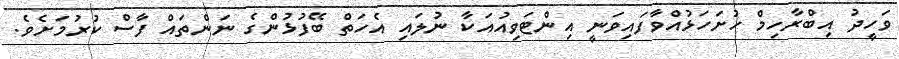
ވަހީދު އިބްރާހިމް ހުށަހަޅުއްވާފައިވަނީ އިންޓަވިއުއަކާ ނުލައި އެހަތް ބޭފުޅުންގެ ނަންތައް ފާސް ކުރުމަށެވެ.